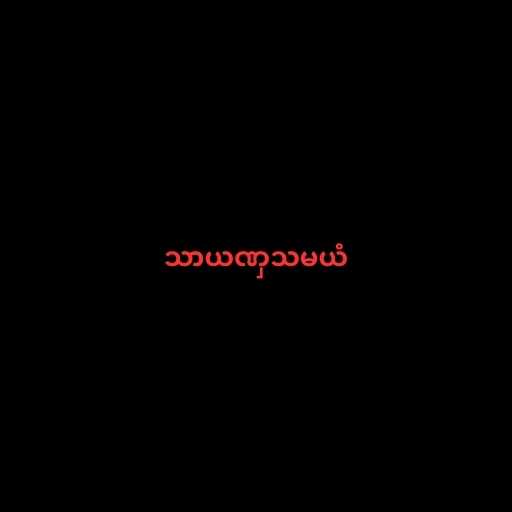
သာယဏှသမယံ